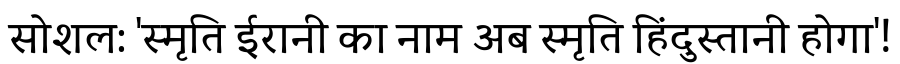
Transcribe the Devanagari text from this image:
सोशल: 'स्मृति ईरानी का नाम अब स्मृति हिंदुस्तानी होगा'!